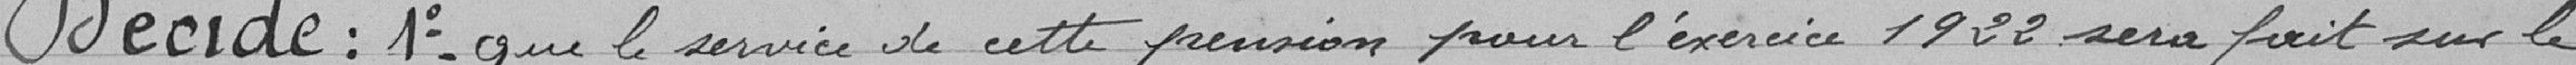
Décide : 1° que le service de cette pension pour l'exercice 1922 sera fait sur le